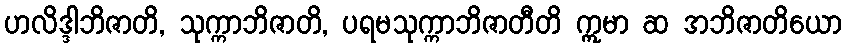
ဟလိဒ္ဒါဘိဇာတိ, သုက္ကာဘိဇာတိ, ပရမသုက္ကာဘိဇာတီတိ ဣမာ ဆ အဘိဇာတိယော